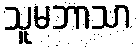
သူမဘာသာ